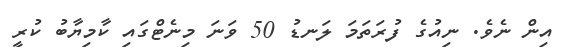
އިން ނެވެ. ނިއުގެ ފުރަތަމަ ލަނޑު 50 ވަނަ މިނެޓްގައި ކާމިޔާބު ކުރީ